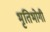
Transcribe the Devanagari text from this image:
भृतिभोगी